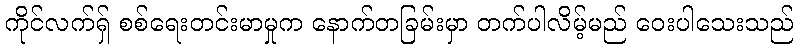
ကိုင်လက်ရှ် စစ်ရေးတင်းမာမှုက နောက်တခြမ်းမှာ တက်ပါလိမ့်မည် ဝေးပါသေးသည်